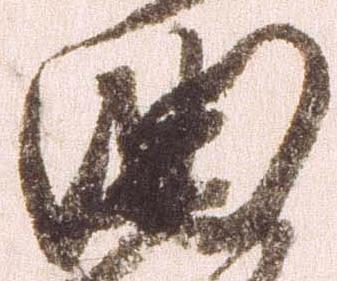
曲